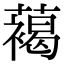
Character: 䕣